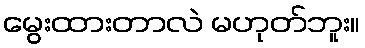
မွေးထားတာလဲ မဟုတ်ဘူး။